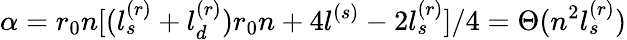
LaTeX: \alpha=r_{0}n[(l_{s}^{(r)}+l_{d}^{(r)})r_{0}n+4l^{(s)}-2l_{s}^{(r)}]/4=\Theta(n^{2}l_{s}^{(r)})